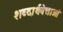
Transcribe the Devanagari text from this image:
शब्दार्थवेत्ताओं